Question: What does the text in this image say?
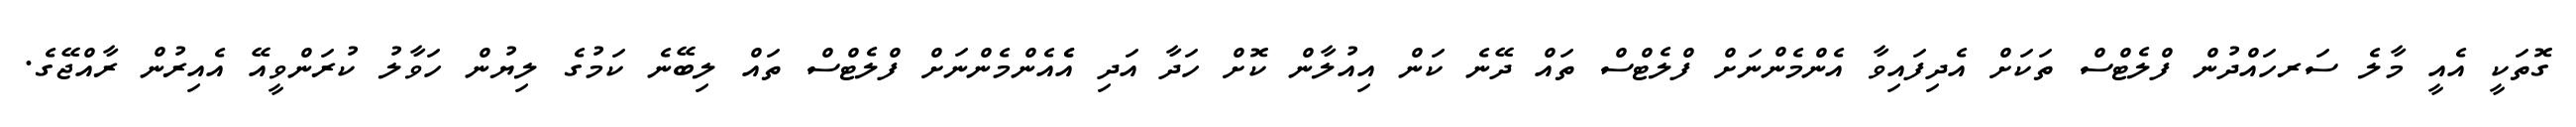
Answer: ގޮތަކީ އެއީ މާލެ ސަރހައްދުން ފްލެޓްސް ތަކަށް އެދިފައިވާ އެންމެންނަށް ފްލެޓްސް ތައް ދޭނެ ކަން އިއުލާން ކޮށް ހަދާ އަދި އެެއެންމެންނަށް ފްލެޓްސް ތައް ލިބޭނެ ކަމުގެ ލިޔުން ހަވާލު ކުރަންވީއޭ އެއިރުން ރާއްޖޭގެ.